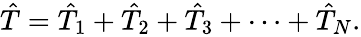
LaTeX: \begin{array}{r}{\hat{T}=\hat{T}_{1}+\hat{T}_{2}+\hat{T}_{3}+\dots+\hat{T}_{N}.}\end{array}